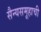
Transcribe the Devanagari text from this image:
सैन्यसमूहाची